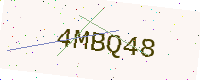
Text: 4MBQ48